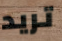
تريد